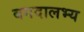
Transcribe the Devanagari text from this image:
बगदालभ्य